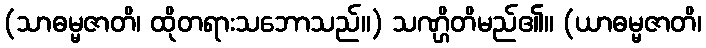
(သာဓမ္မဇာတိ၊ ထိုတရားသဘောသည်။) သဏ္ဌိတိမည်၏။ (ယာဓမ္မဇာတိ၊